Vaccination returns of the Province of Eastern Bengal and Assam - 1905-1912
Year: 1905
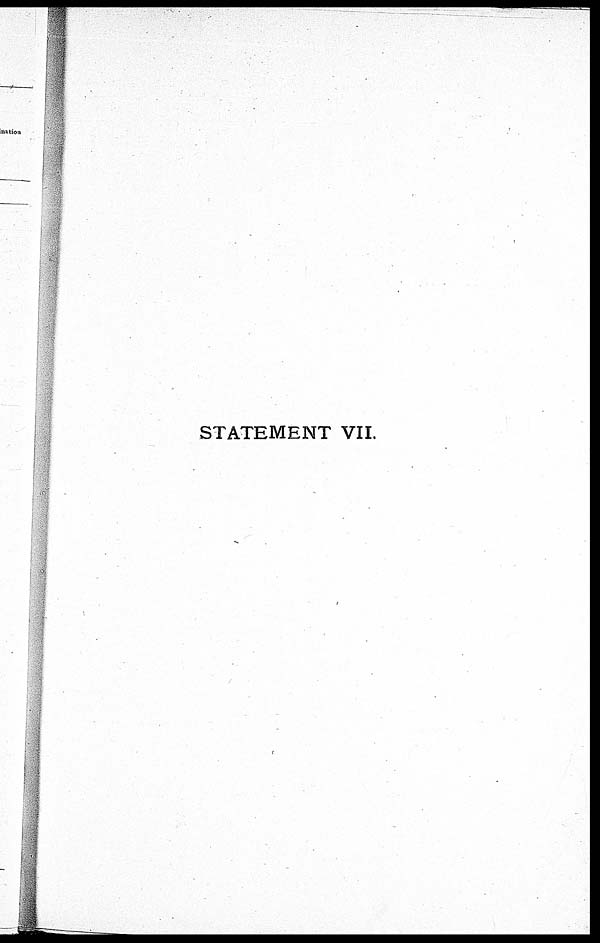
STATEMENT VII.